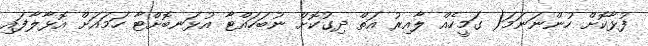
ފުޅާކޮށް ހުންނަނަމަ( ގަމީހެއް ލާއިރު އަތް ދިގުކޮށް ނުބަހައްޓާ އުޅަނބޮށްޓާ ހަމައަށް އޮޅާލާފައި